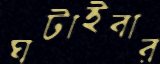
ঘটাইবার